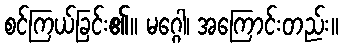
စင်ကြယ်ခြင်း၏။ မဂ္ဂေါ၊ အကြောင်းတည်း။